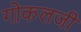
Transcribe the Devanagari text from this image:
गोकलजी